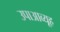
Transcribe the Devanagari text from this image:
उपाआव्यूह